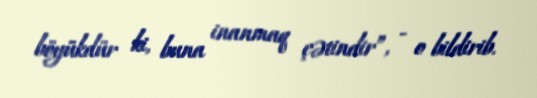
böyükdür ki, buna inanmaq çətindir”, - o bildirib.